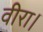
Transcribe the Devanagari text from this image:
वीरा।